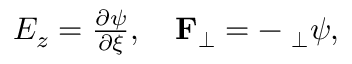
\begin{array} { r } { E _ { z } = \frac { \partial \psi } { \partial \xi } , ~ ~ ~ \mathbf { F } _ { \perp } = - \mathbf { \nabla } _ { \perp } \psi , } \end{array}